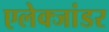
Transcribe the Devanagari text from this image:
एलेक्जांडर